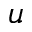
u